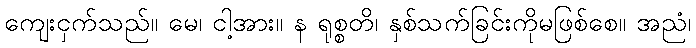
ကျေးငှက်သည်။ မေ၊ ငါ့အား။ န ရုစ္စတိ၊ နှစ်သက်ခြင်းကိုမဖြစ်စေ။ အညံ၊